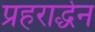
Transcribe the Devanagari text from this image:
प्रहरार्द्धेन